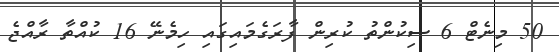
50 މިނެޓް 6 ސިކުންތު ކުރިން ފާރަގެމައިގައި ހިމެނޭ 16 ކުއްތާ ރާއްޖެ